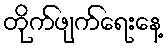
တိုက်ဖျက်ရေးနေ့